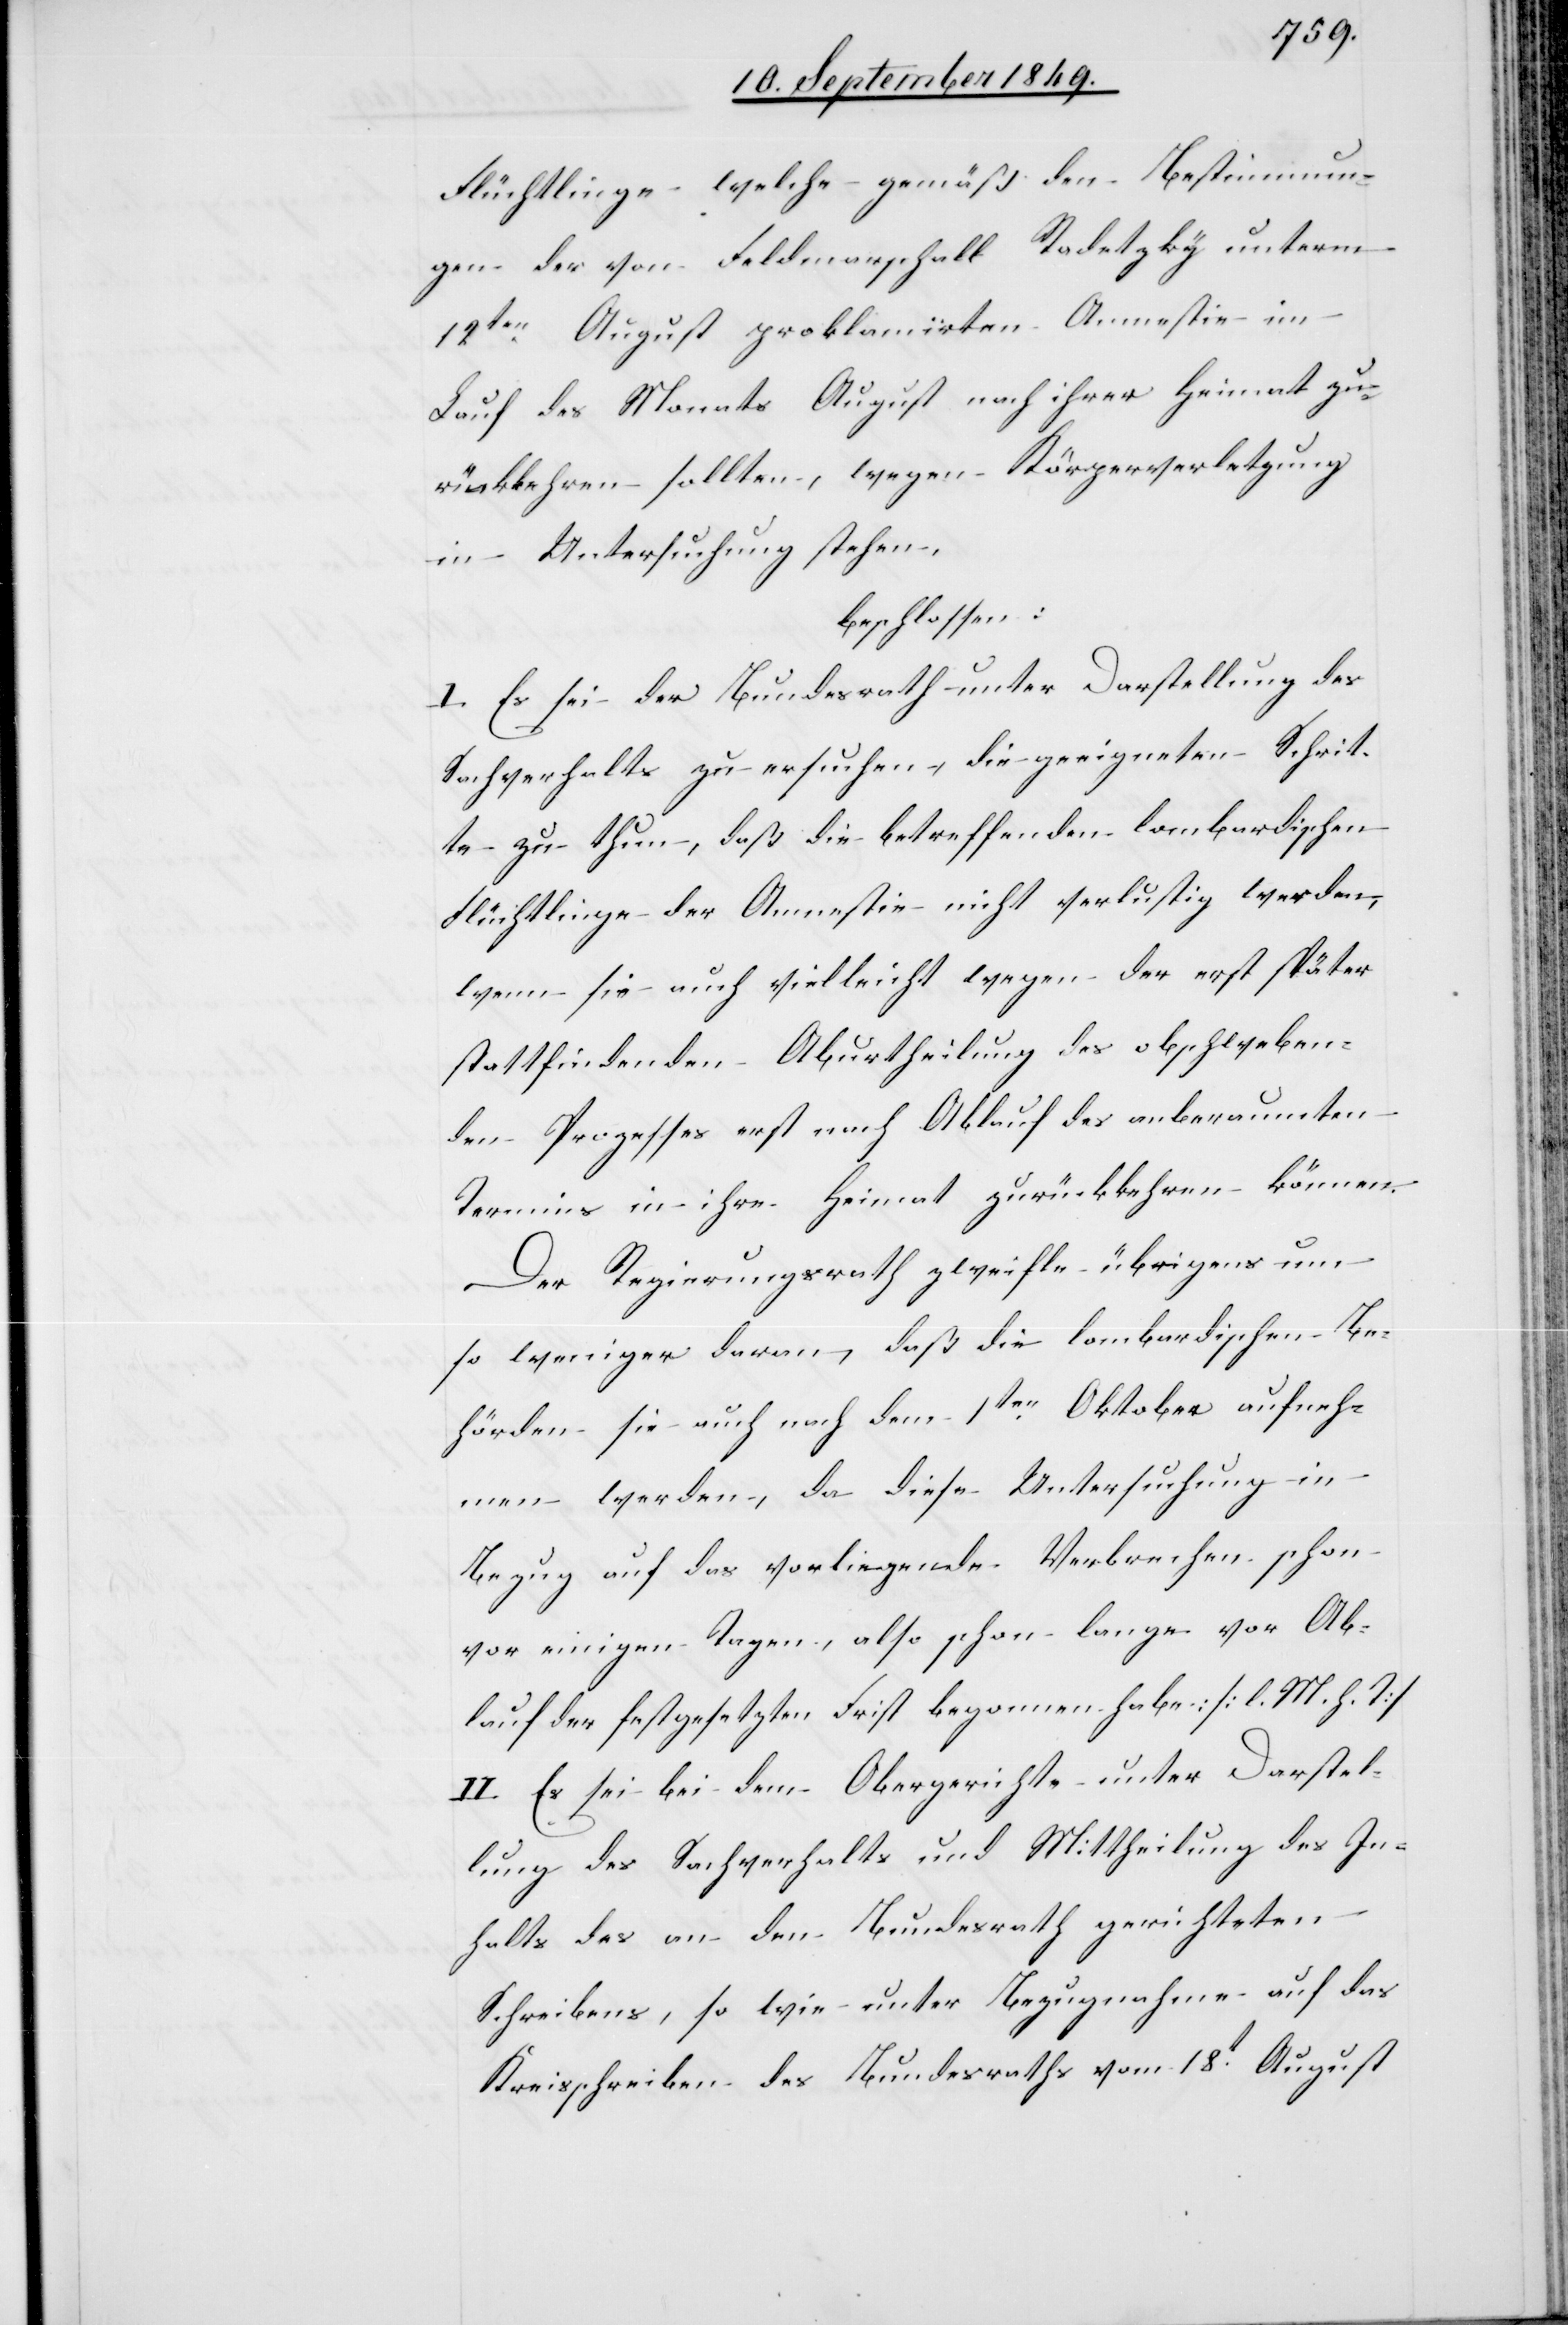
Flüchtlinge welche gemäß den Bestimmun¬
gen der von Feldmarschall Radetzky unterm
Lauf des Monats August nach ihrer Heimat zu¬
rückkehren sollten, wegen Körperverletzung
in Untersuchung stehen,
beschlossen:
I. Es sei der Bundesrath unter Darstellung des
Sachverhaltes zu ersuchen, die geeigneten Schrit¬
te zu thun, daß die betreffenden lombardischen
Flüchtlinge der Amnestie nicht verlustig werden,
wenn sie auch vielleicht wegen der erst später
stattfindenden Abuhrtheilung des obschweben¬
den Prozesses erst nach Ablauf des anberaunten
Termins in ihre Heimat zurückkehren können.
Der Regierungsrath zweifle übrigens um
so weniger daran, daß die lombardischen Be¬
hörden sie auch nach dem 1ten Oktober aufneh¬
men werden, da diese Untersuchung in
Bezug auf das vorliegende Verbrechen schon
vor einigen Tagen, also schon lange vor Ab¬
lauf der festgesetzten Frist begonnen habe: [l. M. h. T]
II. Es sei bei dem Obergerichte unter Darstel¬
lung des Sachverhalts und Mittheilung des In¬
halts des an den Bundesrath gerichteten
Schreibens, so wie unter Bezugnahme auf das
Kreisschreiben des Bundesraths vom 18t August